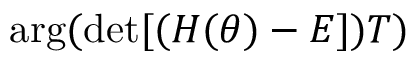
\arg ( \operatorname* { d e t } [ ( H ( \theta ) - E ] ) T )